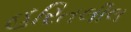
હરિતલીલ